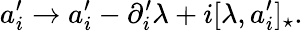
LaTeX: a_{i}^{\prime}\rightarrow a_{i}^{\prime}-\partial_{i}^{\prime}\lambda+i[\lambda,a_{i}^{\prime}]_{\star}.